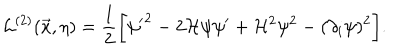
{ \cal L } ^ { ( 2 ) } ( \vec { x } , \eta ) = \frac { 1 } { 2 } \biggl [ { \psi ^ { \prime } } ^ { 2 } - 2 { \cal H } \psi \psi ^ { \prime } + { \cal H } ^ { 2 } \psi ^ { 2 } - ( \partial _ { i } \psi ) ^ { 2 } \biggr ] .